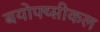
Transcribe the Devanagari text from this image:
बयोफ्य्सीकल